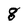
Character: g